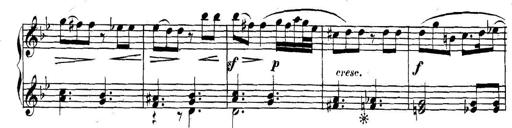
Title: Collected Piano Sonatas
Composer: Muzio Clementi